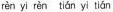
rèn yi rèn tián yi tián